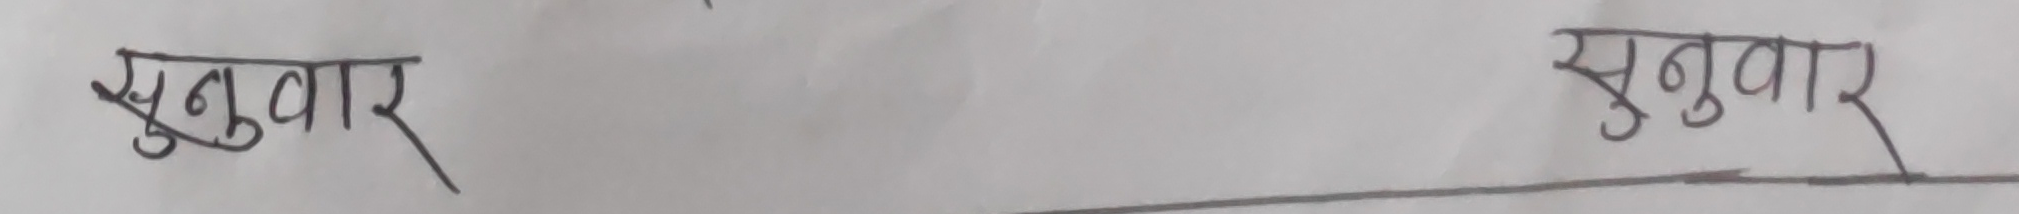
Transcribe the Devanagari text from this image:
सुनुवार